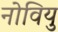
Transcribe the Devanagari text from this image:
नोवियु